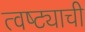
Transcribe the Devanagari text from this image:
त्वष्ट्याची